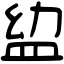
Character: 𥁒